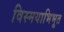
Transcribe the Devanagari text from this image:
विस्मयाभिभूत